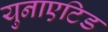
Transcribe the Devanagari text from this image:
युनाएटिड